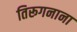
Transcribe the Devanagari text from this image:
तिरूगनाना